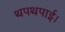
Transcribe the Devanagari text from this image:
थपथपाई।